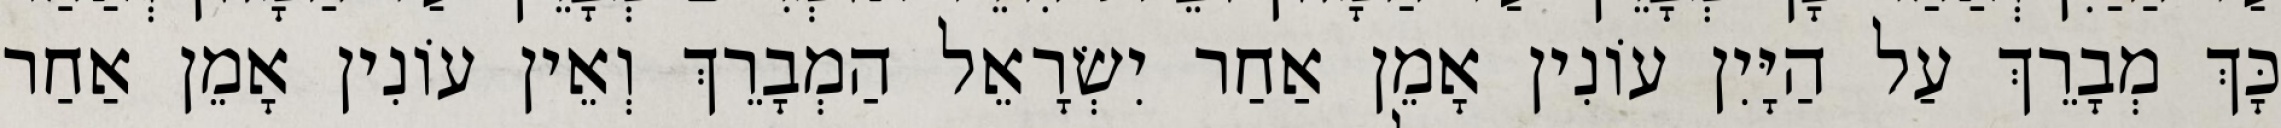
כָּךְ מְבָרֵךְ עַל הַיָּיִן עוֹנִין אָמֵן אַחַר יִשְׂרָאֵל הַמְבָרֵךְ וְאֵין עוֹנִין אָמֵן אַחַר